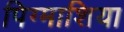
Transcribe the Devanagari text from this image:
पिग्माशिया